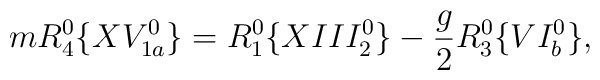
mR_4^0 \{XV_{1a}^0\}  =  R_1^0 \{XIII_2^0\} - \frac{g}{2}R_3^0\{VI_b^0\},